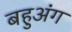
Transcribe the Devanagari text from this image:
बहुअंग